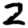
Digit: 2